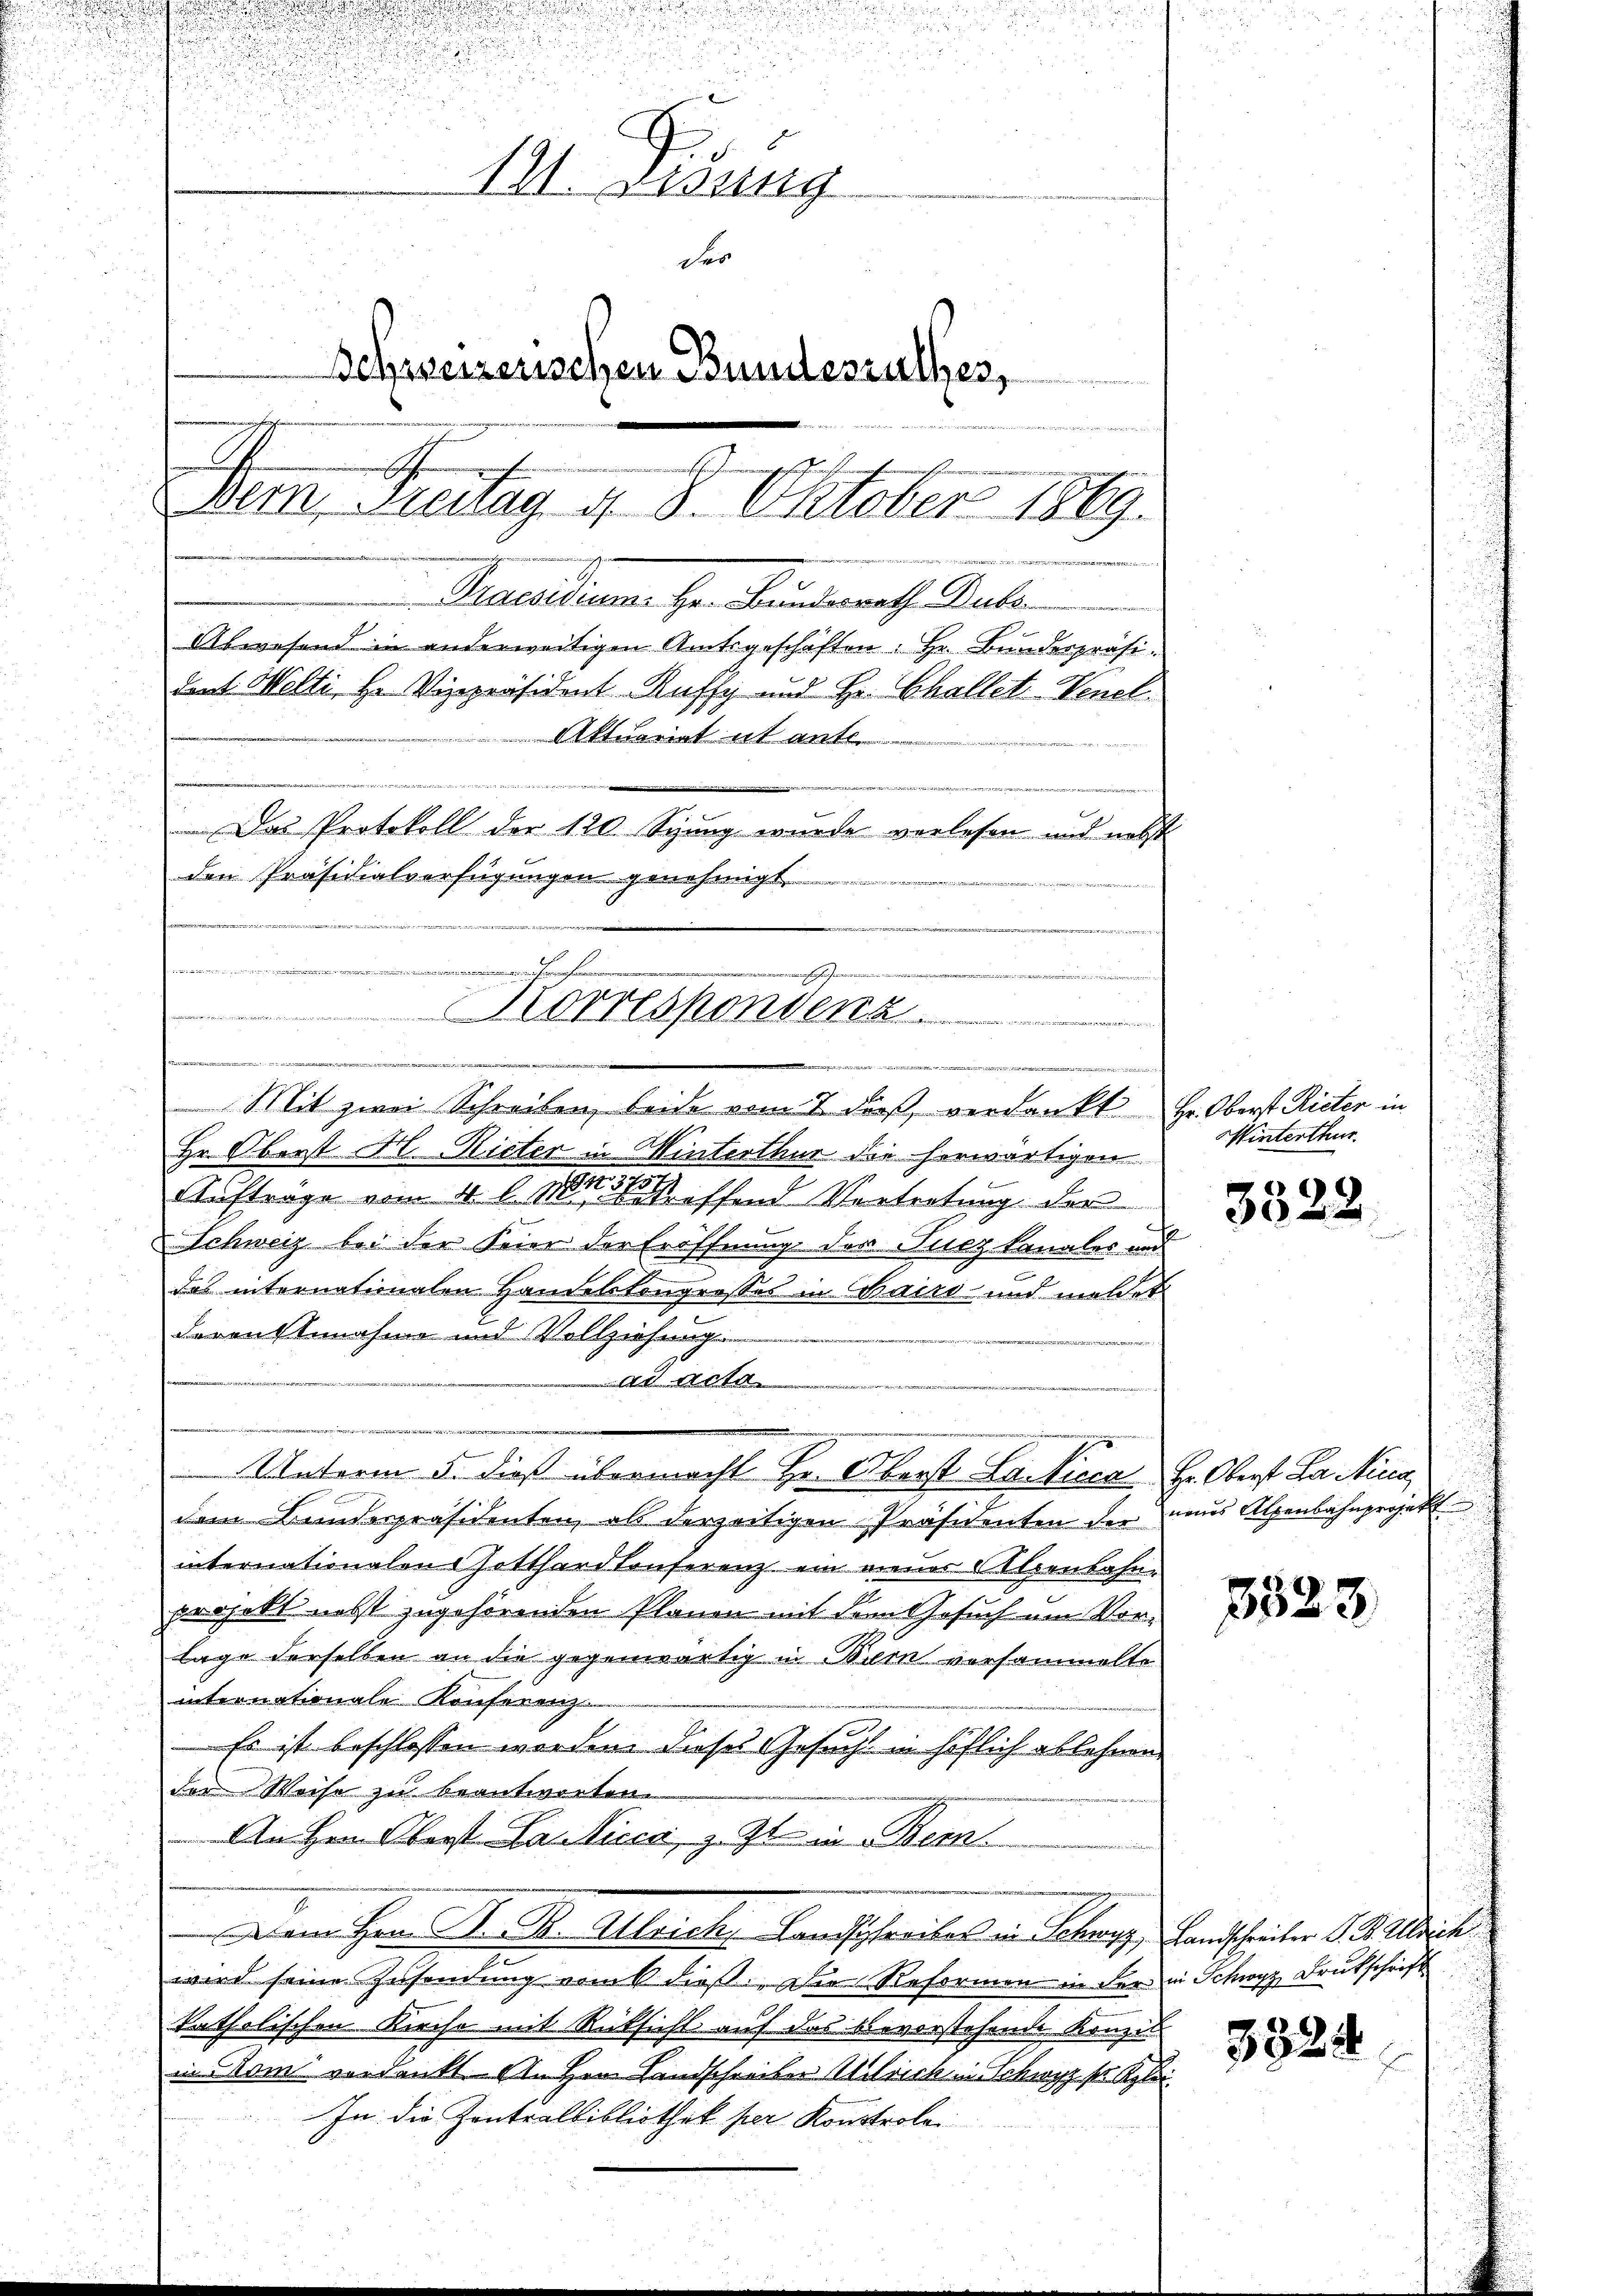
ade seine

.
u
u
.
.

11. Fisung
der
Schreizerischen Bundesrathes,
 von
Dem Freitag d. 8. Oktober 1889.
Praesidium. Hr. Bundesrath Bube
Abwesend in anderweitigen Amtsgeschäften. Hr. Bundespräsi-
dans Welti Hr. Vizepräsident Ruffy und Hr. Challet-Venel¬
Aktuariat it ante.
Das Protokoll der 120. Spung wurde verlesen und nebst
den Präsidialverfügungen genehmigt.

Martie die die titre per
n
Frau test
i
Mit zwei Schreiben, beide vom 7 dieß, verdankt Hr. Oberst Rieter in

Hr. Oberst H. Rieter in Winterthur die herwärtigen
Aufträge vom 4 l. Man hat schend Vertretung der
Schweiz bei der Feier der Eröffnung des Fuczkanales und
das internationalen Handelskongresses in Bairs und meldet
deren Annahme und Vollziehung
ad nota
e
Unterm 5. dieß übermacht Hr. Oberst Lanicca Hr. Oberst La Nina
dem Bundespräsidenten, als derzeitigen Präsidenten der naus Alpenbahnprojekt
internationalen Gotthard Conferenz ein neuer Alpenbahnprojekt nebst zugehörenden Planen mit dem Gesuch um Vorlage derselben an die gegenwärtig in Bern versammelte
internationale Konferenz
Es ist beschlossen worden dieses Gesucht in höflich ablehnen
der Weise zu beantworten.
An Hrn. Oberst Lasticen, z. Zt. in Bern
Dem Hrn. F. R. Alleich, Landschreibes in Schwyz, Landschreiber 1. 2. Alleich
wird seine Zusendung vom 6. dieß. Die Reformen in der in Schwyz Drukschrift
katholischen Kirche mit Rücksicht auf das bevorstehende Konzil
in Rom verdankt. An Herrn Landschreiber Ulrich in Schwyz sr Klei¬
In die Zentralbibliothek per Konstrole

Winterthur.

3528

3323

3324